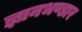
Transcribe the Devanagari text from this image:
ज्ञानभण्डार